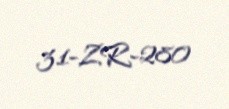
31-ZR-280